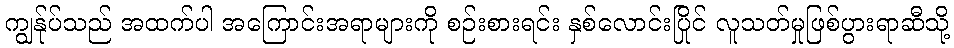
ကျွန်ုပ်သည် အထက်ပါ အကြောင်းအရာများကို စဉ်းစားရင်း နှစ်လောင်းပြိုင် လူသတ်မှုဖြစ်ပွားရာဆီသို့